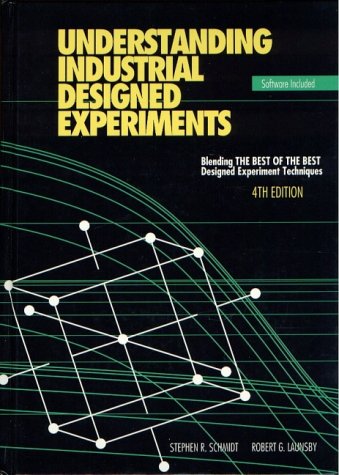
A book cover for Understanding Industrial Designed Experiments, 4th Edition; Stephen R. Schmidt; Business & Money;